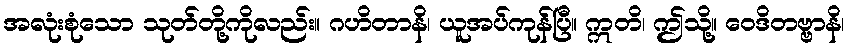
အလုံးစုံသော သုတ်တို့ကိုလည်း။ ဂဟိတာနိ၊ ယူအပ်ကုန်ပြီ။ ဣတိ၊ ဤသို့။ ဝေဒိတဗ္ဗာနိ၊